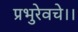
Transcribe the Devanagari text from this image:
प्रभुरेवचे।।